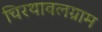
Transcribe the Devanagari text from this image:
चिरथावलग्राम